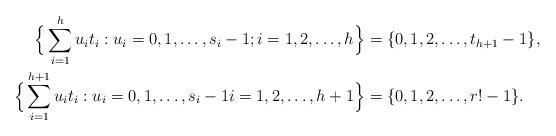
LaTeX: \begin{align*}\Big\{\sum_{i=1}^h u_i t_i :u_i=0,1,\dots,s_i-1; i=1,2,\dots,h\Big\} & = \{0,1,2,\dots, t_{h+1} - 1\}, \\ \Big\{\sum_{i=1}^{h+1} u_i t_i: u_i=0,1,\dots,s_i-1 i=1,2,\dots,h+1\Big\} & = \{0,1,2,\dots, r! - 1\}. \end{align*}